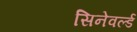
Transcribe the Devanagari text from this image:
सिनेवर्ल्ड